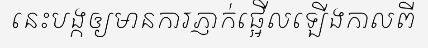
នេះបង្កឲ្យមានការភ្ញាក់ផ្អើលឡើងកាលពី